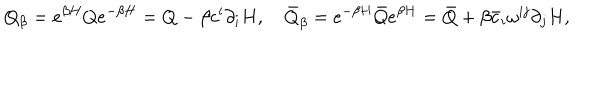
LaTeX: Q _ { \beta } = e ^ { \beta H } Q e ^ { - \beta H } = Q - \beta c ^ { i } \partial _ { i } H , \quad \bar { Q } _ { \beta } = e ^ { - \beta H } \bar { Q } e ^ { \beta H } = \bar { Q } + \beta \bar { c } _ { i } \omega ^ { i j } \partial _ { j } H ,